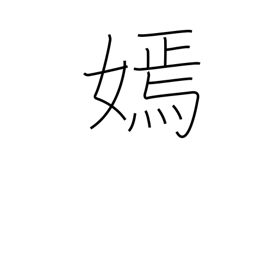
Meaning: beauty